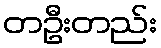
တဦးတည်း